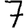
Digit: 7